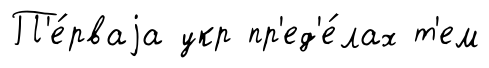
П'е́рваjа укр пр'ед'е́лах т'ем